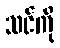
သင်ကို